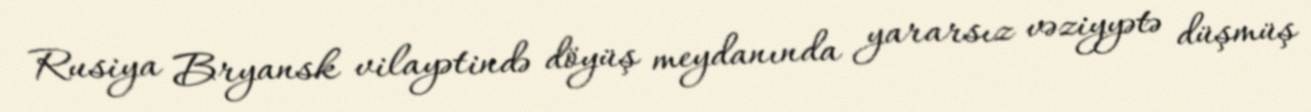
Rusiya Bryansk vilayətində döyüş meydanında yararsız vəziyyətə düşmüş